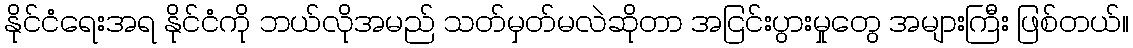
နိုင်ငံရေးအရ နိုင်ငံကို ဘယ်လိုအမည် သတ်မှတ်မလဲဆိုတာ အငြင်းပွားမှုတွေ အများကြီး ဖြစ်တယ်။